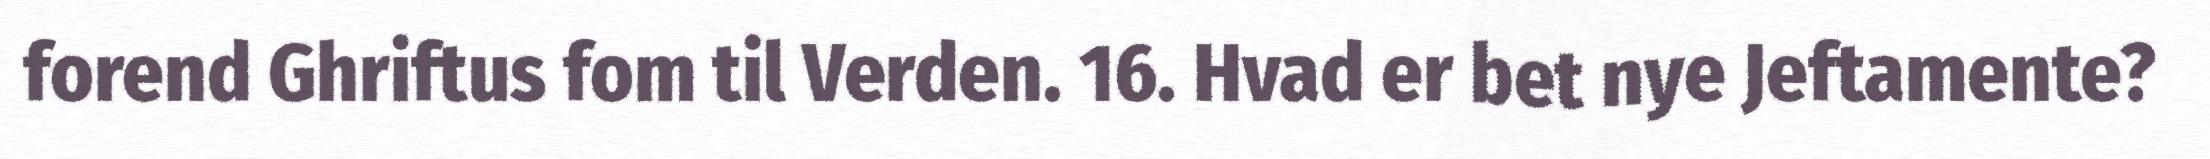
forend Ghriftus fom til Verden. 16. Hvad er bet nye Jeftamente?